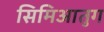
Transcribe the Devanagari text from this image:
सिमिआतुग